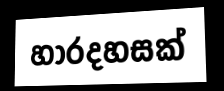
හාරදහසක්